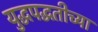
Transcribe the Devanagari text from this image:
युद्धपद्धतीच्या